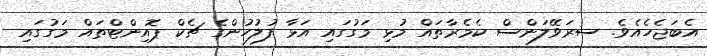
އެބަޖެހެއެވެ. ސރަވޭލަންސް ކެމެރާތައް މުޅި މަގުގައި އަޅާ ފުލުހުންގެ ޗެކް ޕޮއިންޓްތައް މަގުގައި